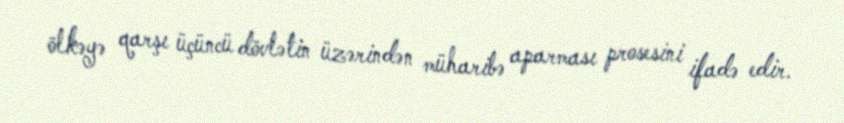
ölkəyə qarşı üçüncü dövlətin üzərindən müharibə aparması prosesini ifadə edir.